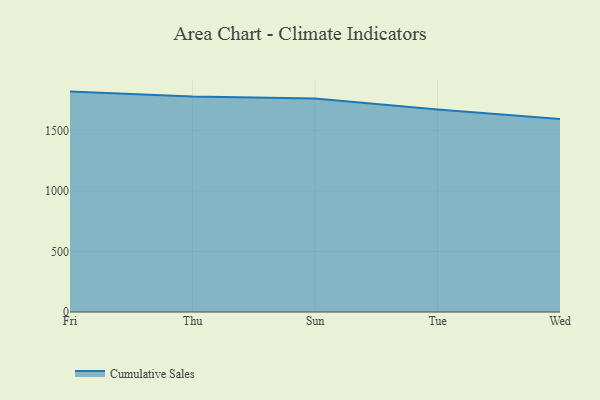
{"axis": {"x": "Day", "y": "Headcount"}, "legend": ["Cumulative Sales"], "data": [{"x": "Fri", "y": 1821.9, "type": "Cumulative Sales"}, {"x": "Thu", "y": 1781.3, "type": "Cumulative Sales"}, {"x": "Sun", "y": 1764.8, "type": "Cumulative Sales"}, {"x": "Tue", "y": 1674.6, "type": "Cumulative Sales"}, {"x": "Wed", "y": 1595.3, "type": "Cumulative Sales"}]}